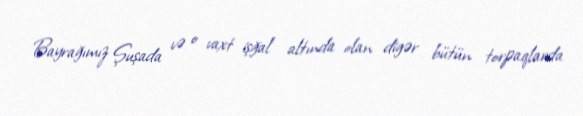
Bayrağımız Şuşada və o vaxt işğal altında olan digər bütün torpaqlarda